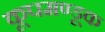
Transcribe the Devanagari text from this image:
कूपमण्डूक